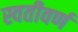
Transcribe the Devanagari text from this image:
स्वतीवर्ण